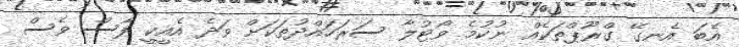
އެބަ އެނގޭ ގްރޫޕްތަކެއް ނުކުމެ ވޯޓުލާ ސަރަހައްދުތަކަށް ވަދެ އެއީކީ ފާސް ވެސް